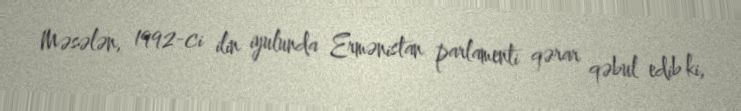
Məsələn, 1992-ci ilin iyulunda Ermənistan parlamenti qərar qəbul edib ki,